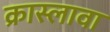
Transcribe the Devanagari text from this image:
क्रास्लावा